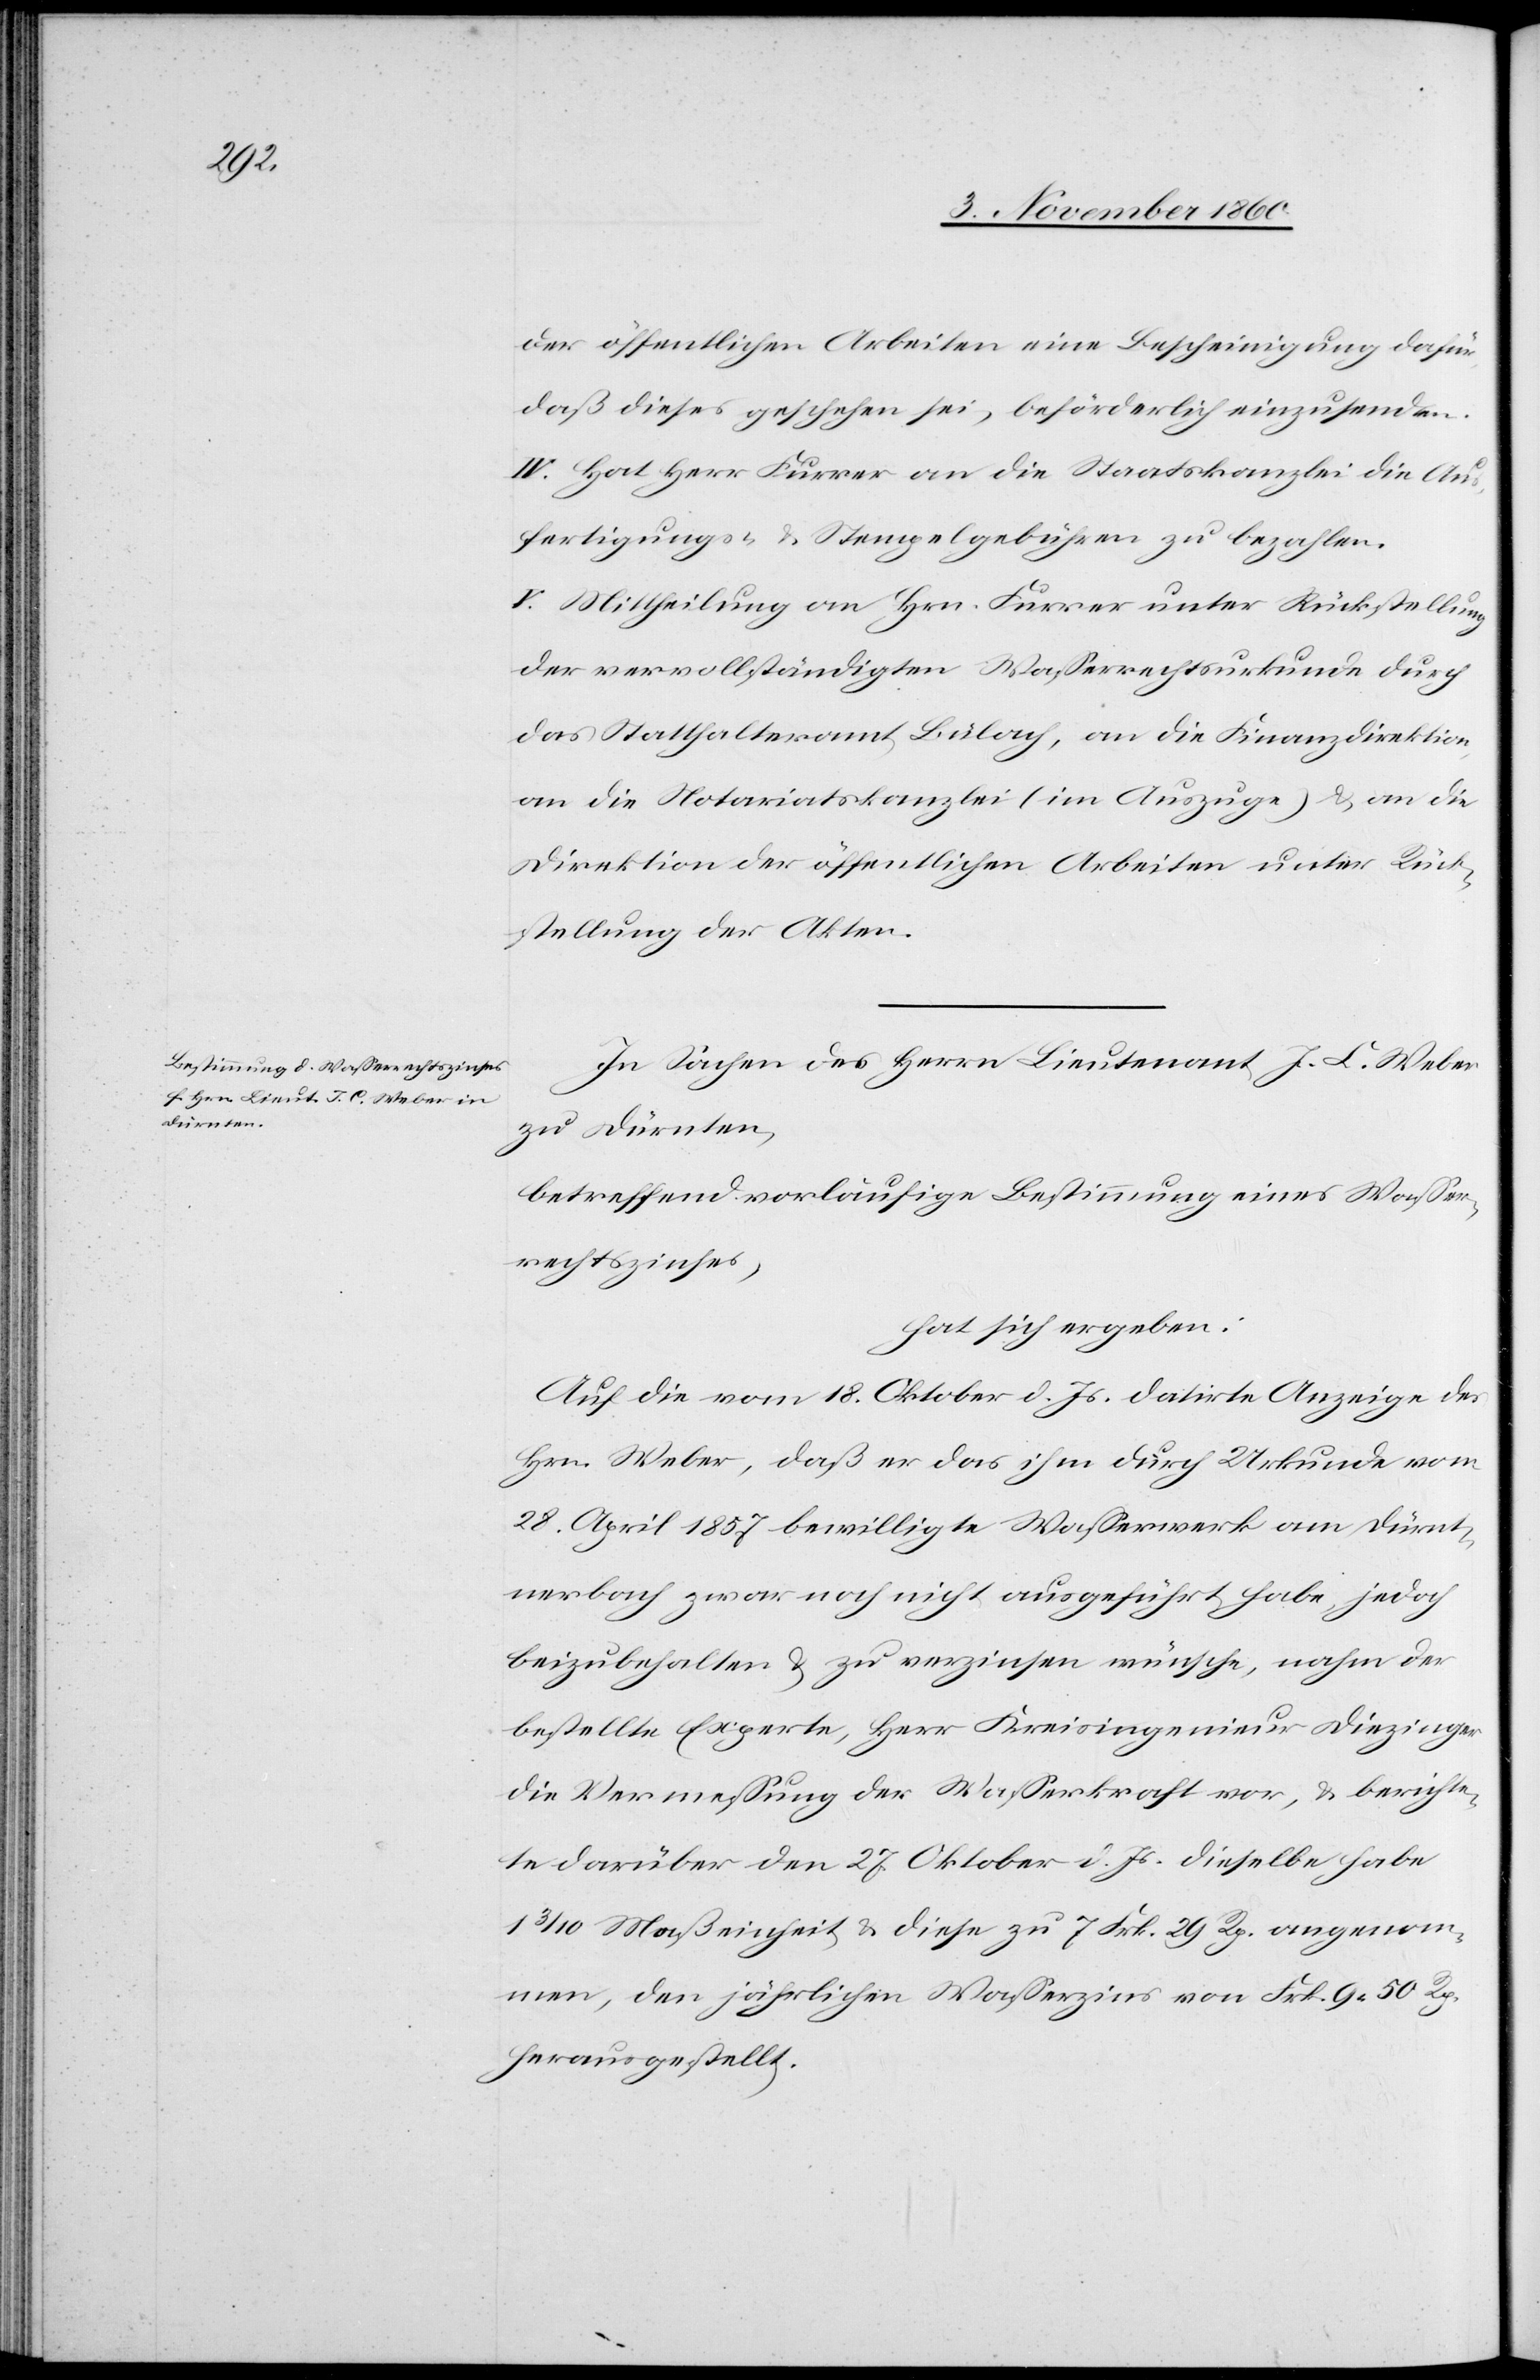
der öffentlichen Arbeiten eine Bescheinigung dafür,
daß dieses geschehen sei, beförderlich einzusenden.
IV. Hat Herr Furrer an die Staatskanzlei die Aus¬
fertigungs- u. Stempelgebühren zu bezahlen.
V. Mittheilung an Hrn. Furrer unter Rückstellung
der vervollständigten Wasserrechturkunde durch
das Statthalteramt Bülach, an die Finanzdirektion,
an die Notariatskanzlei (im Auszuge) u. an die
Direktion der öffentlichen Arbeiten unter Rück¬
stellung der Akten.
In Sachen des Herrn Lieutenant J. C. Weber
zu Dürnten,
betreffend vorläufige Bestimmung eines Wasser¬
rechtszinses,
hat sich ergeben:
Auf die vom 18. Oktober d. Js. datirte Anzeige des
Hrn. Weber, daß er das ihm durch Urkunde vom
28. April 1857 bewilligte Wasserwerk am Dürnte¬
nerbach zwar noch nicht ausgeführt habe, jedoch
beizubehalten u. zu verzinsen wünsche, nahm der
bestellte Experte, Herr Kreisingenieur Diezinger
die Vermessung der Wasserkraft vor, u. berichte¬
te darüber den 27. Oktober d. Js. dieselbe habe
1 3/10 Maßeinheit u. diese zu 7 Frk. 29 Rp. angenom¬
men, den jährlichen Wasserzins von Frk. 9 50 Rp.
herausgestellt.